Lunatic asylums Central Provinces reports 1895-1909 - 1895-1909
Year: 1895
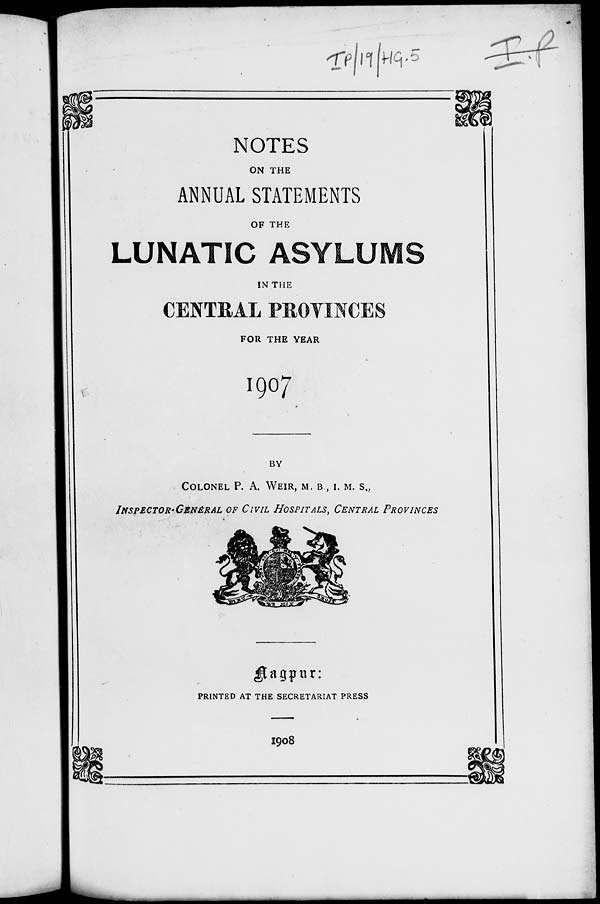
NOTES
ON THE
ANNUAL STATEMENTS
OF THE
LUNATIC ASYLUMS
IN THE
CENTRAL PROVINCES
FOR THE YEAR
1907
BY
COLONEL P. A. WEIR, M. B , I. M. S.,
INSPECTOR-GENERAL OF CIVIL HOSPITALS, CENTRAL PROVINCES
NAGPUR.
PRINTED AT THE SECRETARIAT PRESS
1908